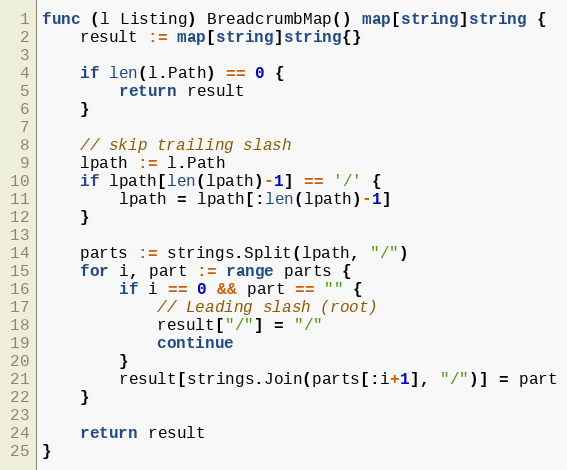
Language: Go
func (l Listing) BreadcrumbMap() map[string]string {
	result := map[string]string{}

	if len(l.Path) == 0 {
		return result
	}

	// skip trailing slash
	lpath := l.Path
	if lpath[len(lpath)-1] == '/' {
		lpath = lpath[:len(lpath)-1]
	}

	parts := strings.Split(lpath, "/")
	for i, part := range parts {
		if i == 0 && part == "" {
			// Leading slash (root)
			result["/"] = "/"
			continue
		}
		result[strings.Join(parts[:i+1], "/")] = part
	}

	return result
}